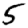
Digit: 5